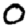
Digit: 0